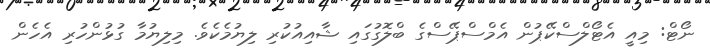
ނޯޓް: މިއީ އެޓޯލްސްކޭޕުން އެމްސްޕޭސްގެ ބްލޮގުގައި ޝާއިއުކުރި ލިޔުމެކެވެ. މިލިޔުމާ ގުޅުންހުރި އެހެން